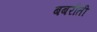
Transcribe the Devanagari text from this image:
बबरौती